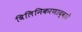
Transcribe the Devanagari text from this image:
विलिनिकरणाद्वारे